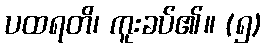
ပထရတိ၊ ကူးခပ်၏။ (၅)